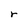
Character: r